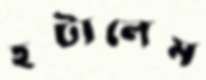
হটালেম